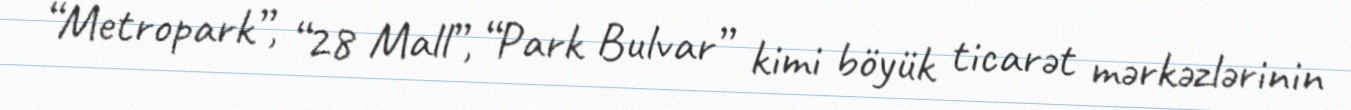
“Metropark”, “28 Mall”, “Park Bulvar” kimi böyük ticarət mərkəzlərinin